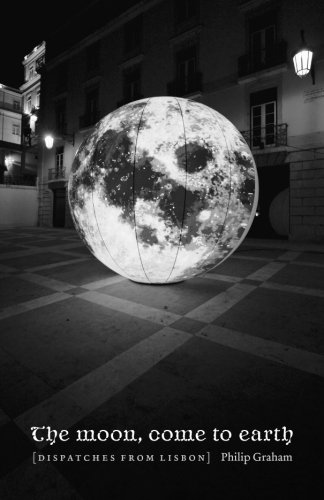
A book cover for The Moon, Come to Earth: Dispatches from Lisbon; Philip Graham; Travel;